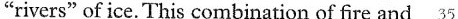
"rivers" of ice.This combination of fire and 35